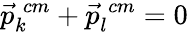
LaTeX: \vec{p}_{k}^{\; cm}+\vec{p}_{l}^{\; cm}=0